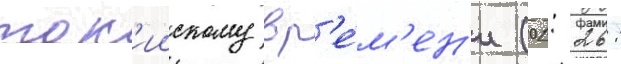
ток'иискому вр'е́м'ен'и (01: 26: